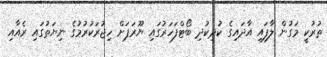
ތުރުކީ މަގުން ލާފައި އާދައިގެ ކުދިކުދި ބޯޓްފަހަރުގައި ޔޫރަޕަށް ހިޖުރަކުރުމުގެ ނިޔަތުގައި ރެއާއި